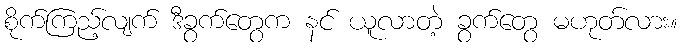
စိုက်ကြည့်လျက် ဒီခွက်တွေက နင် ယူလာတဲ့ ခွက်တွေ မဟုတ်လား။